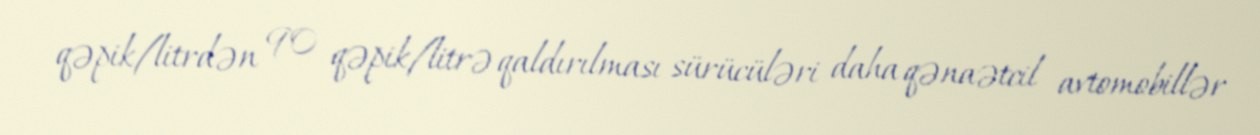
qəpik/litrdən 90 qəpik/litrə qaldırılması sürücüləri daha qənaətcil avtomobillər